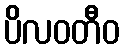
ပိလဝတီဝ